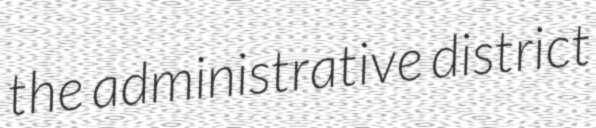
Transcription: the administrative district